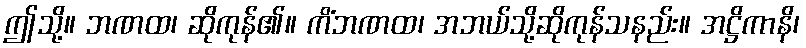
ဤသို့။ ဘဏထ၊ ဆိုကုန်၏။ ကိံဘဏထ၊ အဘယ်သို့ဆိုကုန်သနည်း။ အဋ္ဌိကာနိ၊